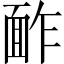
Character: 䩆